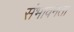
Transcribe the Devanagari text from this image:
संभावनता